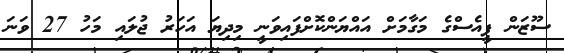
ސޫޒަން ޕީއެސްގެ މަގާމަށް އައްޔަންކޮށްފައިވަނީ މިދިޔަ އަހަރު ޖުލައި މަހު 27 ވަނަ